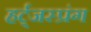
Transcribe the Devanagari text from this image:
हर्ट्जस्प्रंग